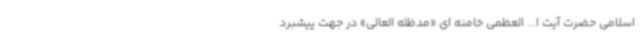
اسلامی حضرت آیت ا... العظمی خامنه ای «مدظله العالی» در جهت پیشبرد